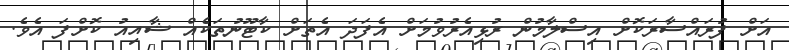
އަށް ފުރައްސާރަކޮށް އިސްލާމުން ރުޅިއެރުވުމަށް އެފަދަ އެތަށް ކާޓޫނުތަކެއް ޝާއިއު ކޮށްފަ އެވެ.